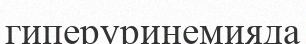
гиперуринемияда